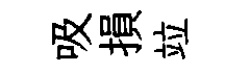
吸損竝